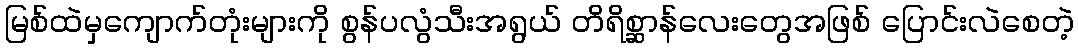
မြစ်ထဲမှကျောက်တုံးများကို စွန်ပလွံသီးအရွယ် တိရိစ္ဆာန်လေးတွေအဖြစ် ပြောင်းလဲစေတဲ့